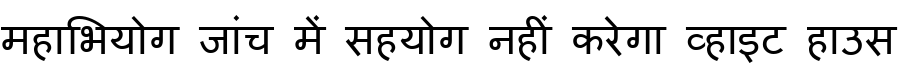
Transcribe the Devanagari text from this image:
महाभियोग जांच में सहयोग नहीं करेगा व्हाइट हाउस